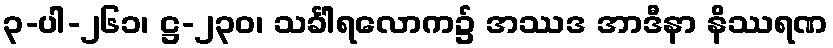
၃-ပါ-၂၆၁၊ ဋ္ဌ-၂၃၀၊ သင်္ခါရလောက၌ အဿဒ အာဒီနာ နိဿရဏ